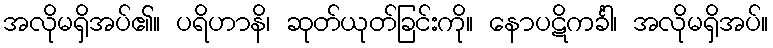
အလိုမရှိအပ်၏။ ပရိဟာနိ၊ ဆုတ်ယုတ်ခြင်းကို။ နောပဋိကင်္ခါ၊ အလိုမရှိအပ်။